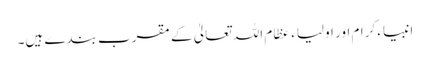
انبیاء کرام اور اولیاء عظام اللہ تعالیٰ کے مقرب بندے ہیں۔